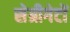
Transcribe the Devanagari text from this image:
सेग्रीगेटों